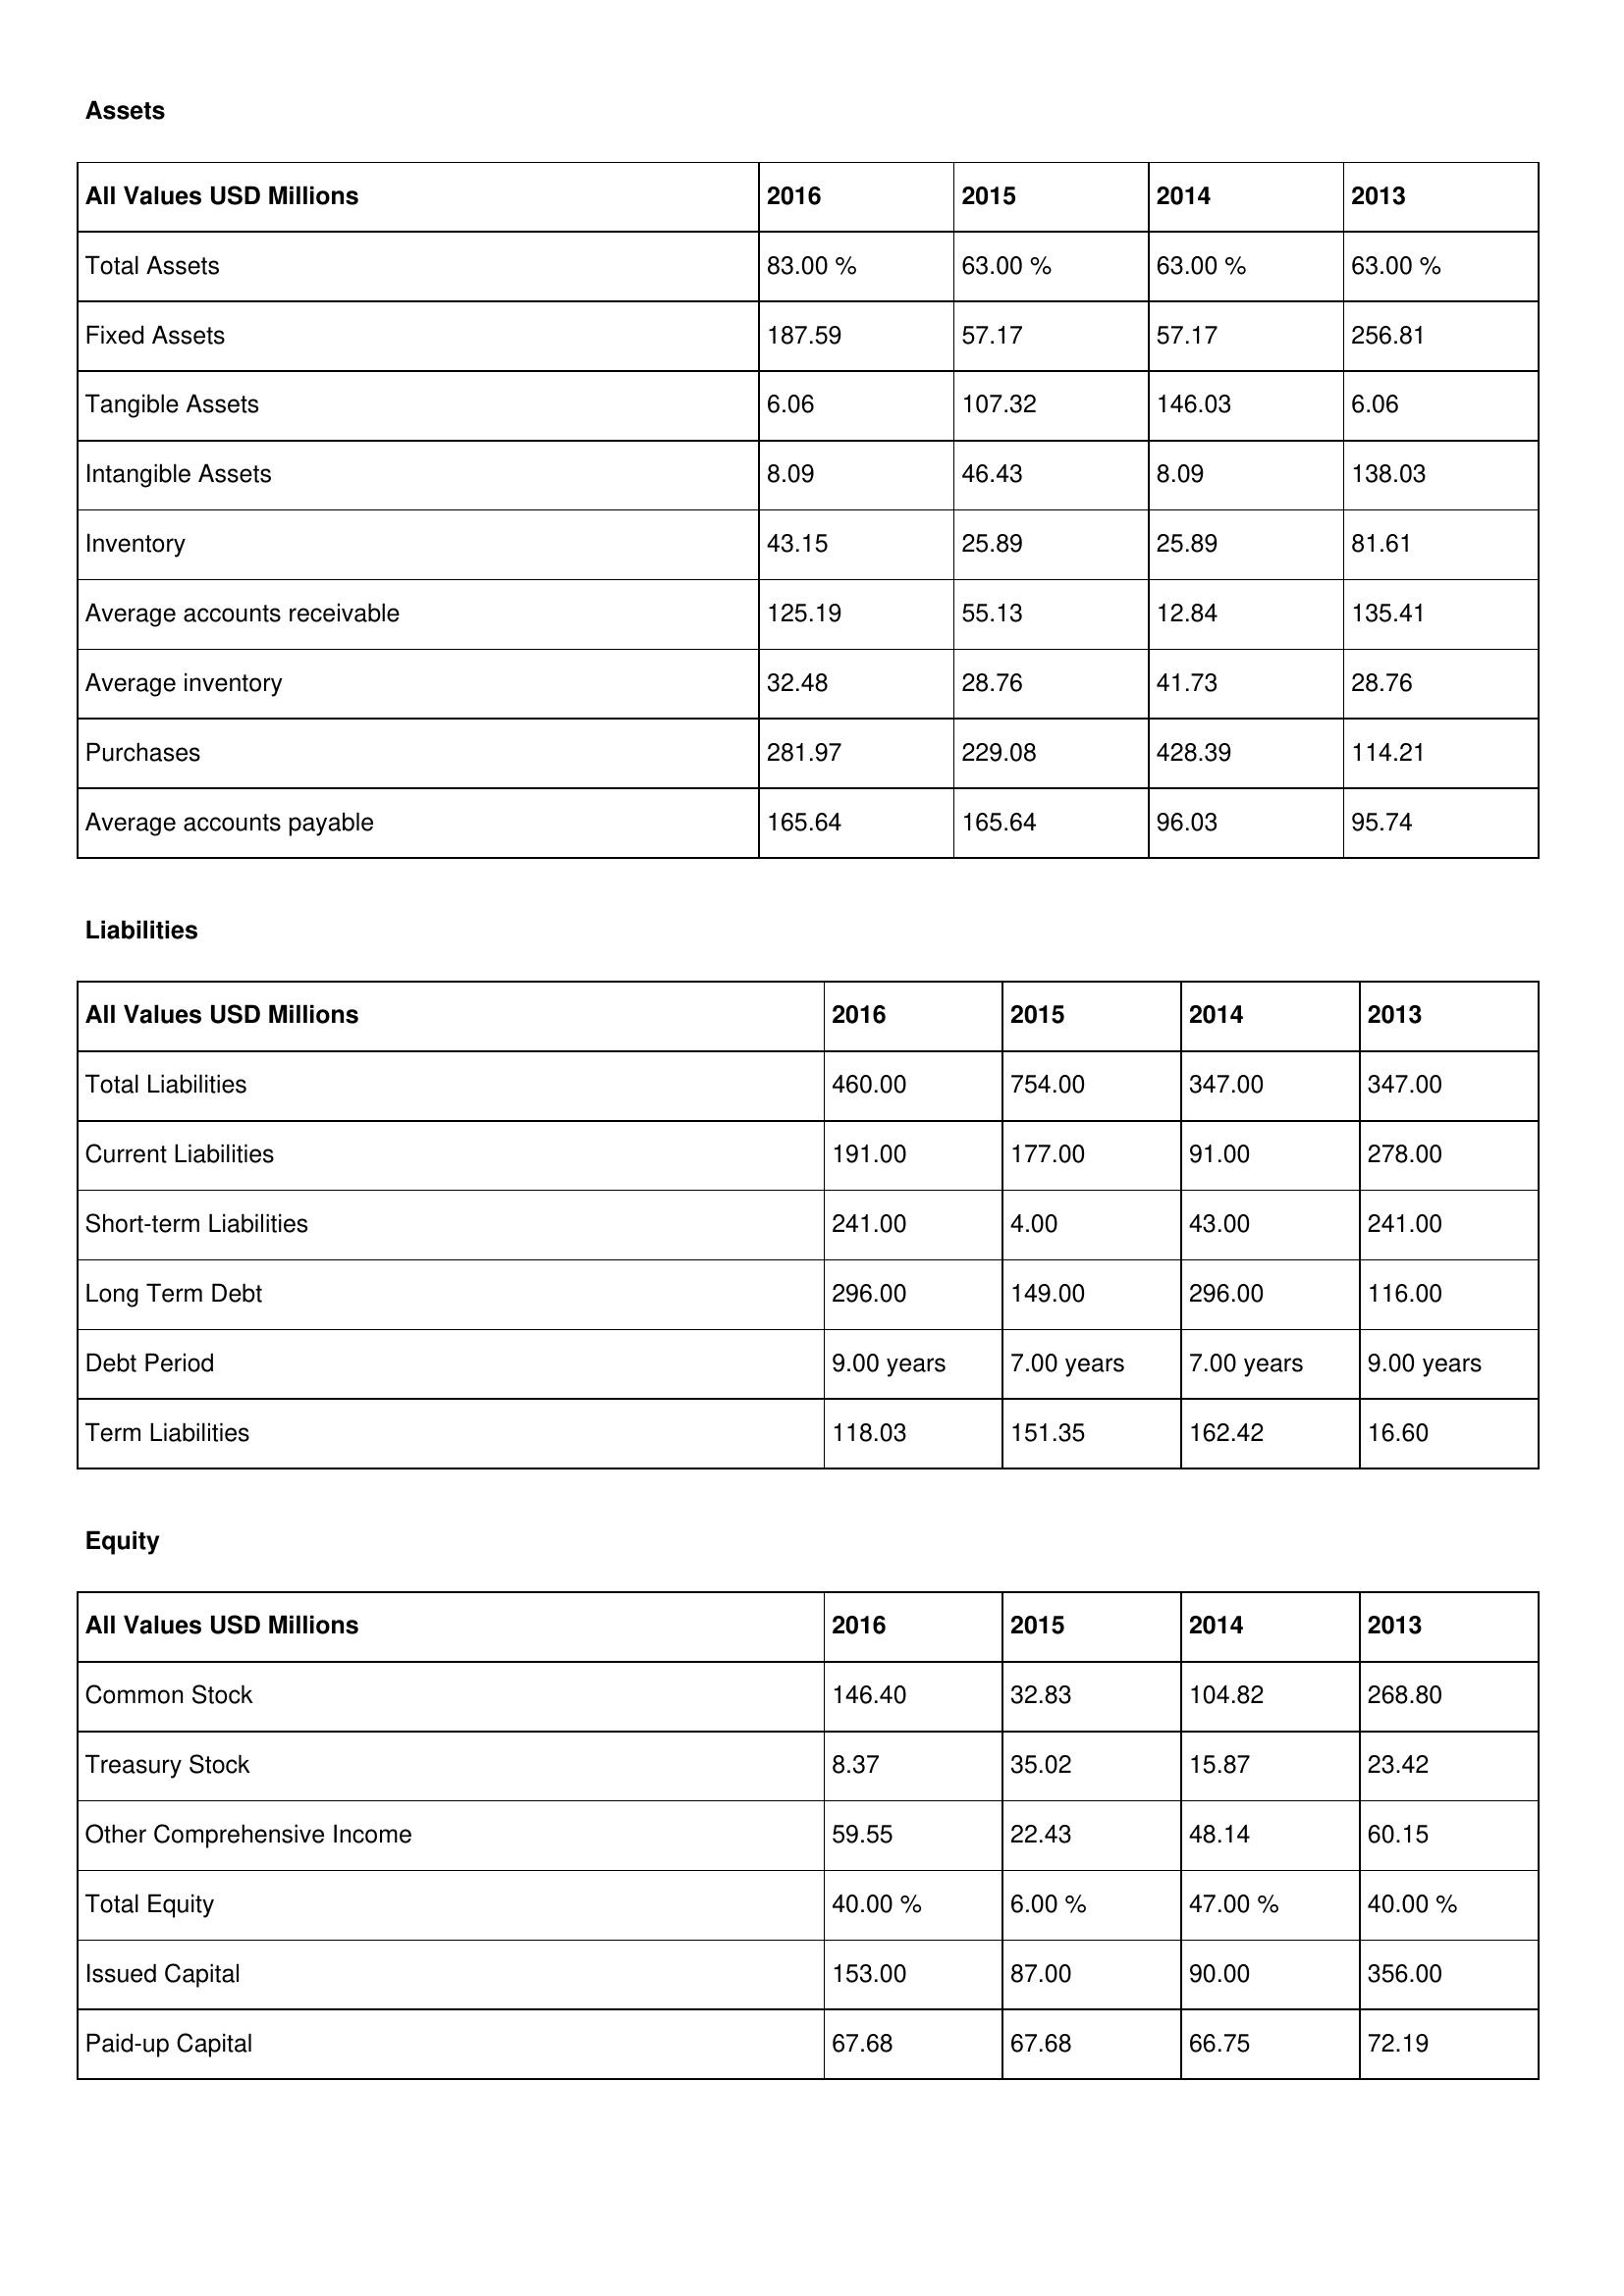
gt_parse: 2016: Assets: Total Assets: 83.00 %
Fixed Assets: 187.59
Tangible Assets: 6.06
Intangible Assets: 8.09
Inventory: 43.15
Average accounts receivable: 125.19
Average inventory: 32.48
Purchases: 281.97
Average accounts payable: 165.64
Liabilities: Total Liabilities: 460.00
Current Liabilities: 191.00
Short-term Liabilities: 241.00
Long Term Debt: 296.00
Debt Period: 9.00 years
Term Liabilities: 118.03
Equity: Common Stock: 146.40
Treasury Stock: 8.37
Other Comprehensive Income: 59.55
Total Equity: 40.00 %
Issued Capital: 153.00
Paid-up Capital: 67.68
2015: Assets: Total Assets: 63.00 %
Fixed Assets: 57.17
Tangible Assets: 107.32
Intangible Assets: 46.43
Inventory: 25.89
Average accounts receivable: 55.13
Average inventory: 28.76
Purchases: 229.08
Average accounts payable: 165.64
Liabilities: Total Liabilities: 754.00
Current Liabilities: 177.00
Short-term Liabilities: 4.00
Long Term Debt: 149.00
Debt Period: 7.00 years
Term Liabilities: 151.35
Equity: Common Stock: 32.83
Treasury Stock: 35.02
Other Comprehensive Income: 22.43
Total Equity: 6.00 %
Issued Capital: 87.00
Paid-up Capital: 67.68
2014: Assets: Total Assets: 63.00 %
Fixed Assets: 57.17
Tangible Assets: 146.03
Intangible Assets: 8.09
Inventory: 25.89
Average accounts receivable: 12.84
Average inventory: 41.73
Purchases: 428.39
Average accounts payable: 96.03
Liabilities: Total Liabilities: 347.00
Current Liabilities: 91.00
Short-term Liabilities: 43.00
Long Term Debt: 296.00
Debt Period: 7.00 years
Term Liabilities: 162.42
Equity: Common Stock: 104.82
Treasury Stock: 15.87
Other Comprehensive Income: 48.14
Total Equity: 47.00 %
Issued Capital: 90.00
Paid-up Capital: 66.75
2013: Assets: Total Assets: 63.00 %
Fixed Assets: 256.81
Tangible Assets: 6.06
Intangible Assets: 138.03
Inventory: 81.61
Average accounts receivable: 135.41
Average inventory: 28.76
Purchases: 114.21
Average accounts payable: 95.74
Liabilities: Total Liabilities: 347.00
Current Liabilities: 278.00
Short-term Liabilities: 241.00
Long Term Debt: 116.00
Debt Period: 9.00 years
Term Liabilities: 16.60
Equity: Common Stock: 268.80
Treasury Stock: 23.42
Other Comprehensive Income: 60.15
Total Equity: 40.00 %
Issued Capital: 356.00
Paid-up Capital: 72.19